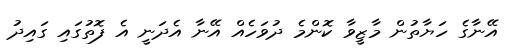
އޭނާގެ ހަޔާތުން މާޒީވާ ކޮންމެ ދުވަހެއް އޭނާ އެދަނީ އެ ފޮތުގައި ގައިދު